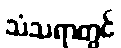
သံသရာတွင်